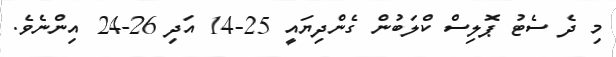
މި ދެ ސެޓު ޕޮލިސް ކްލަބުން ގެންދިޔައީ 25-14 އަދި 26-24 އިންނެވެ.